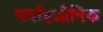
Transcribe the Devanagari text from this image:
थर्माइओनिक